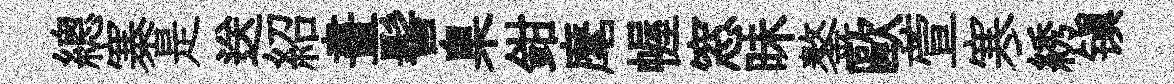
總寨是送紹畫髻臬鉗麾幄窓昧鏊歐萱寒綉镇